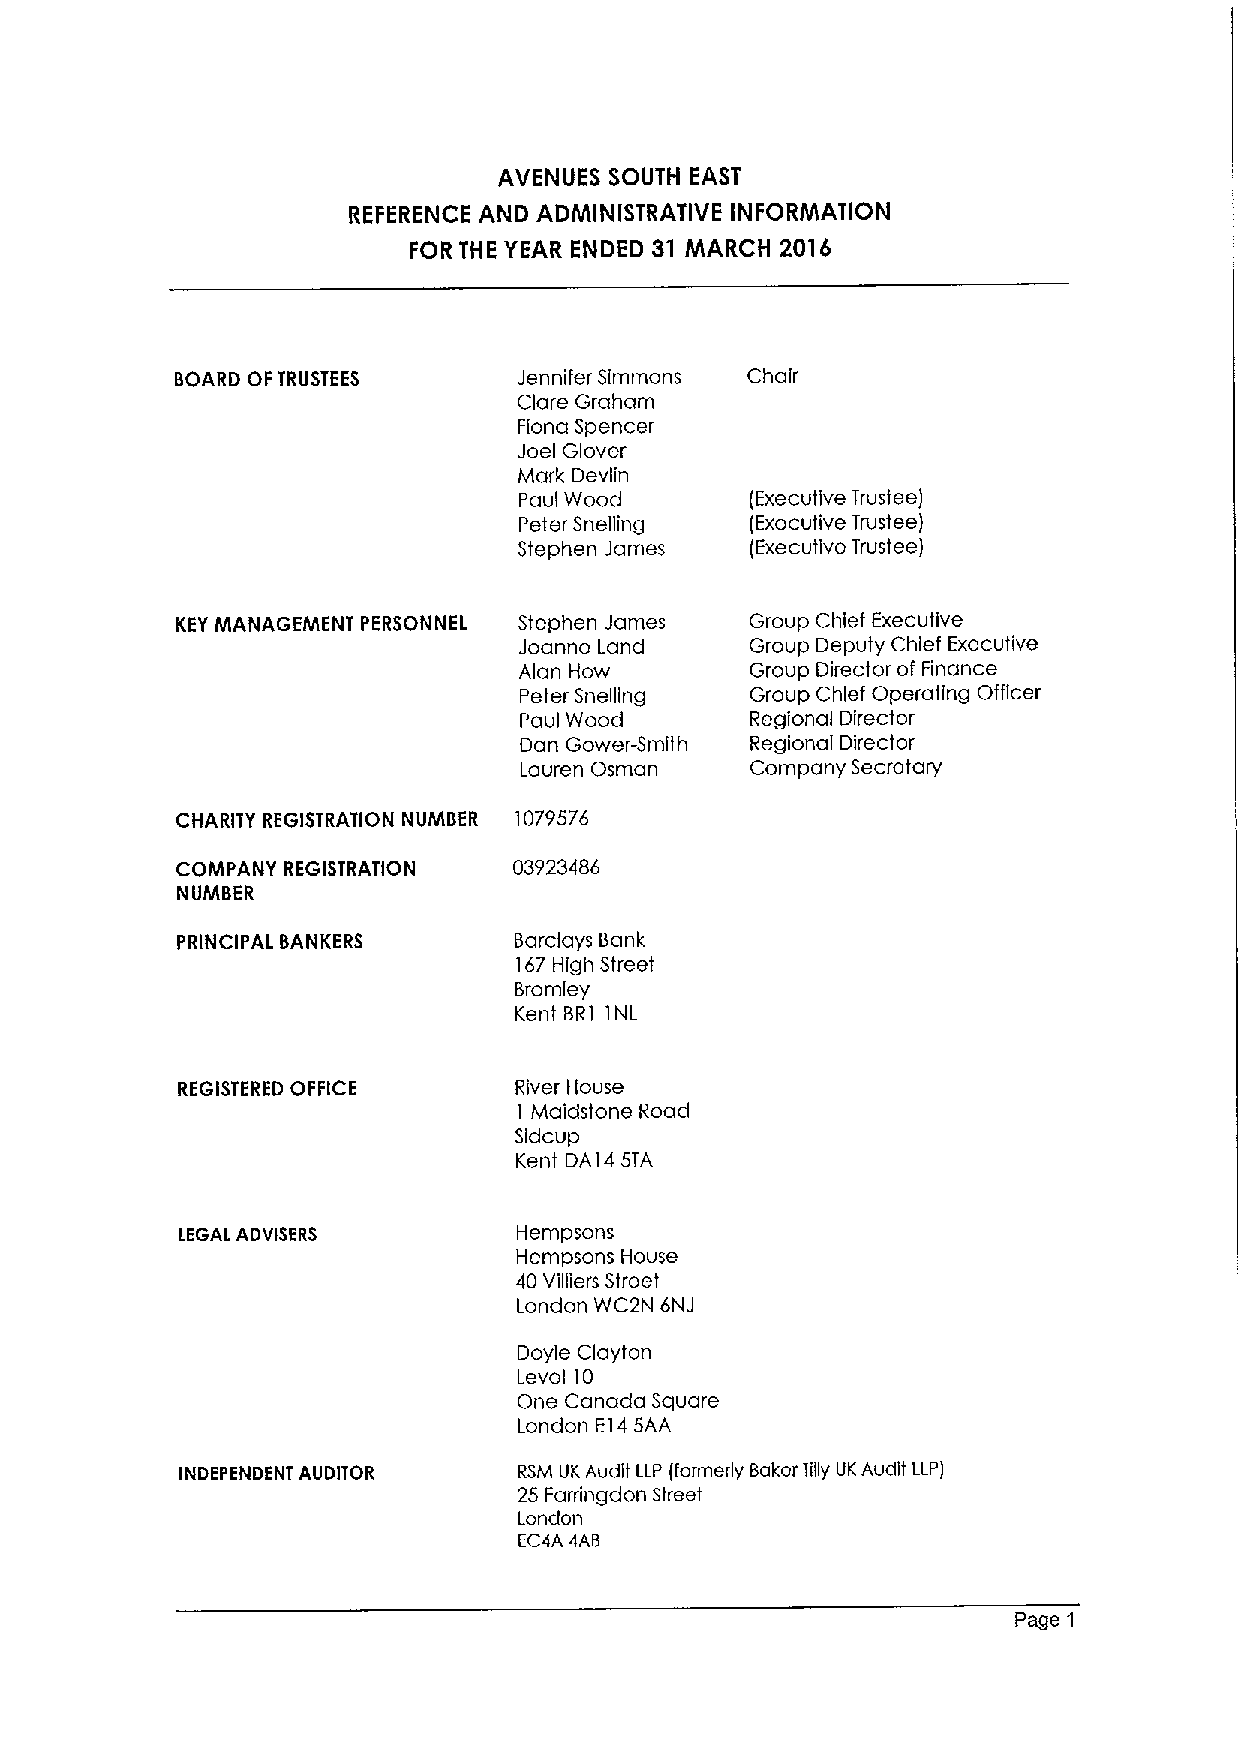
AVENUES SOUTH EAST
 REFERENCE AND ADMINISTRATIVE INFORMATION
 FOR THE YEAR ENDED 31 MARCH 2016
 BOARD OF TRUSTEES     Jennifer Simmons Chair
 Clare Graham
 Fiona Spencer
 Joel Glover
 Mark Devlin
 Paul Wood       (Executive Trustee)
 Peter Snelling  (Executive Trustee)
 Stephen James   (Executive Trustee)
 KEYMANAGEMENT PERSONNEL Stephen James Group Chief Executive
 Joanne Land     Group Deputy Chief Executive
 Alan How        Group Director of Finance
 Peter Snelling  Group Chief Operating Officer
 Paul Wood       Regional Director
 Dan Gower-Smith Regional Director
 Lauren Osman    Company Secretary
 CHARITY REGISTRATION NUMBER 1079576
 COMPANY REGISTRATION  03923486
 NUMBER
 PRINCIPAL BANKERS     Barclays Bank
 167High Street
 Bromley
 Kent BRI INL
 REGISTERED OFFICE     River House
 Maidstone Road
 I
 Sidcup
 Kent DA14 5TA
 LEGAL ADVISERS        Hempsons
 Hempsons House
 40 Villiers Street
 London WC2N 6NJ
 Doyle Clayton
 Level 10
 One Canada Square
 London E145AA
 INDEPENDENT AUDITOR   RSM UKAudit LLP (formerly Baker Iilly UKAudit LLP)
 25 Farringdon Street
 London
 EC4A 4AB
 Page 1